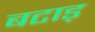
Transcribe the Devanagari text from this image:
बटाड़